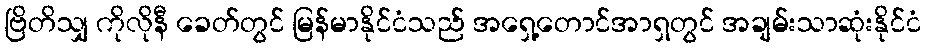
ဗြိတိသျှ ကိုလိုနီ ခေတ်တွင် မြန်မာနိုင်ငံသည် အရှေ့တောင်အာရှတွင် အချမ်းသာဆုံးနိုင်ငံ